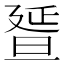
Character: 𣇇